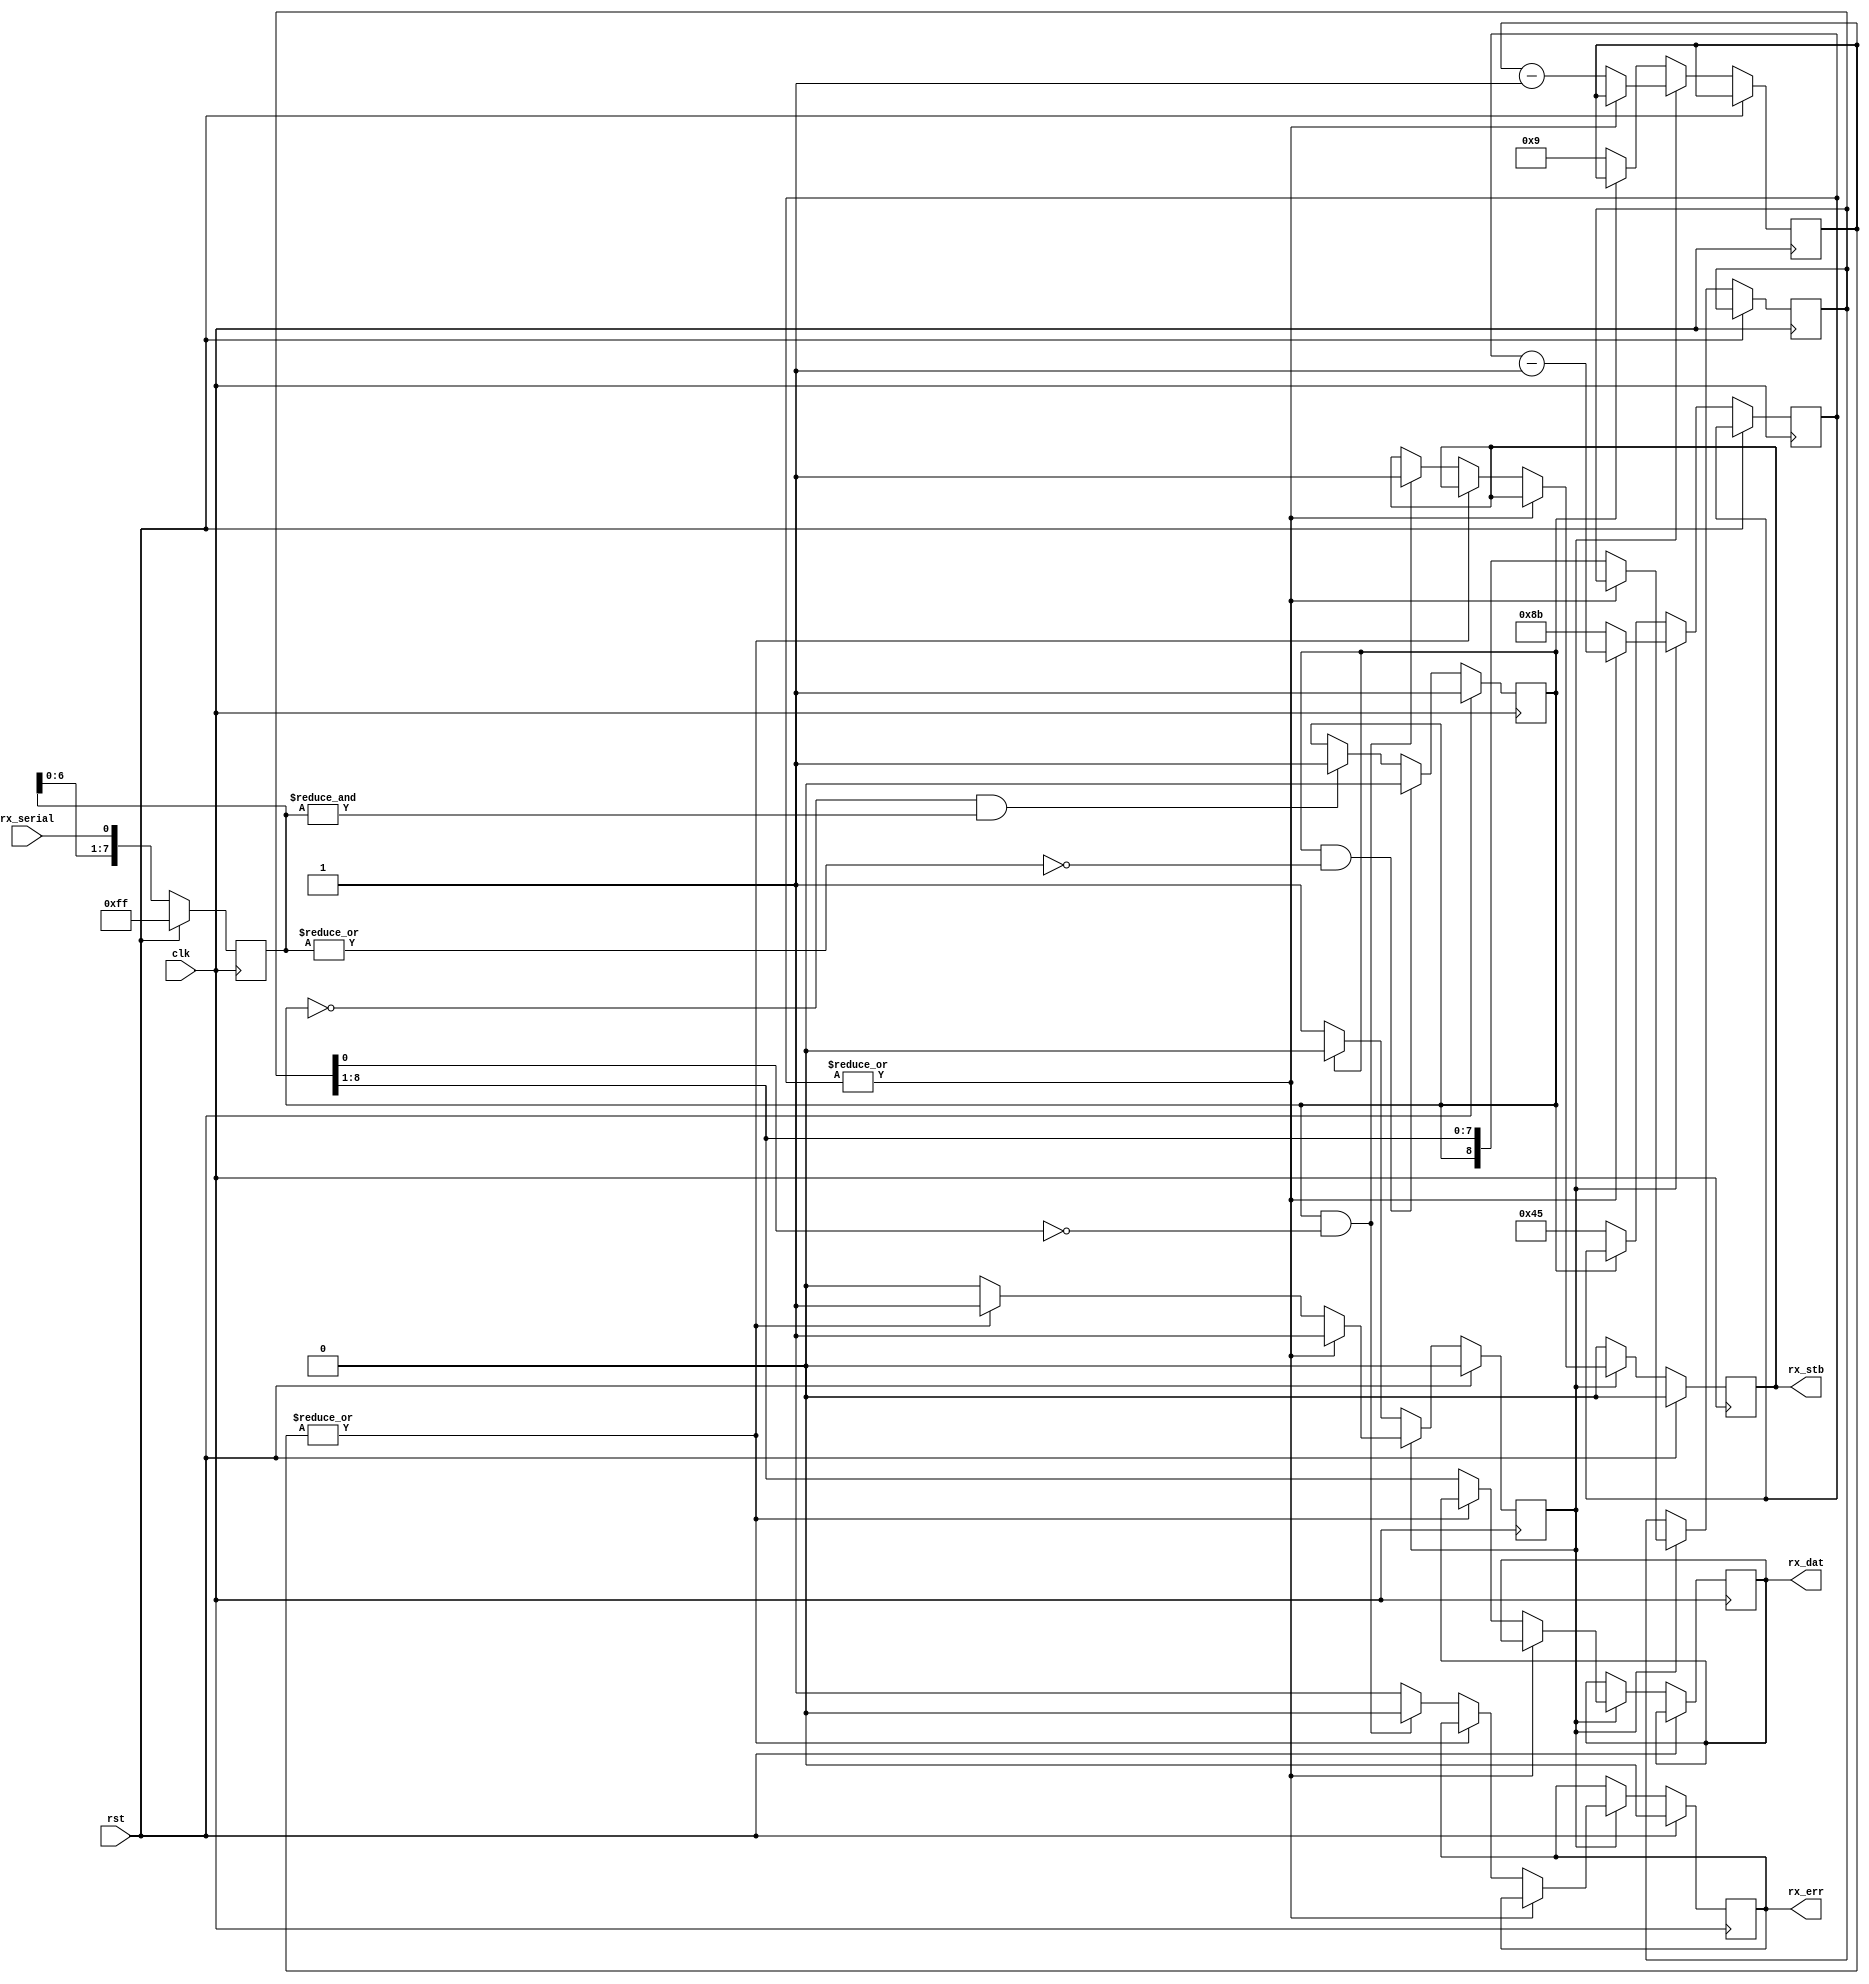
// This program was cloned from: https://github.com/emeb/up5k_basic
// License: MIT License

// acia_rx.v - asynchronous serial receive submodule
// 06-02-19 E. Brombaugh

module acia_rx(
	input clk,				  // system clock
	input rst,				  // system reset
	input rx_serial,		  // raw serial input
	output reg [7:0] rx_dat,  // received byte
	output reg rx_stb,        // received data available
	output reg rx_err         // received data error
);
	// sym rate counter for 115200bps @ 16MHz clk
    parameter SCW = 8;
	parameter sym_cnt = 139;
	
	// input sync & deglitch
	reg [7:0] in_pipe;
	reg in_state;
	wire all_zero = ~|in_pipe;
	wire all_one = &in_pipe;
	always @(posedge clk)
		if(rst)
		begin
			// assume RX input idle at start
			in_pipe <= 8'hff;
			in_state <= 1'b1;
		end
		else
		begin
			// shift in a bit
			in_pipe <= {in_pipe[6:0],rx_serial};
	
			// update state
			if(in_state && all_zero)
				in_state <= 1'b0;
			else if(!in_state && all_one)
				in_state <= 1'b1;
		end

	// receive machine
	reg [8:0] rx_sr;
	reg [3:0] rx_bcnt;
	reg [SCW-1:0] rx_rcnt;
	reg rx_busy;
	always @(posedge clk)
		if(rst)
		begin
			rx_busy <= 1'b0;
			rx_stb <= 1'b0;
			rx_err <= 1'b0;
		end
		else
		begin
			if(!rx_busy)
			begin
				if(!in_state)
				begin
					// found start bit - wait 1/2 bit to sample
					rx_bcnt <= 4'h9;
					rx_rcnt <= sym_cnt/2;
					rx_busy <= 1'b1;
				end
				
				// clear the strobe
				rx_stb <= 1'b0;
			end
			else
			begin
				if(~|rx_rcnt)
				begin
					// sample data and restart for next bit
					rx_sr <= {in_state,rx_sr[8:1]};
					rx_rcnt <= sym_cnt;
					rx_bcnt <= rx_bcnt - 1;
					
					if(~|rx_bcnt)
					begin
						// final bit - check for err and finish
						rx_dat <= rx_sr[8:1];
						rx_busy <= 1'b0;
						if(in_state && ~rx_sr[0])
						begin
							// framing OK
							rx_err <= 1'b0;
							rx_stb <= 1'b1;
						end
						else
							// framing err
							rx_err <= 1'b1;
					end
				end
				else
					rx_rcnt <= rx_rcnt - 1;
			end
		end
endmodule